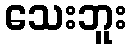
သေးဘူး